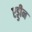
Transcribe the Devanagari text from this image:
एड्डीन